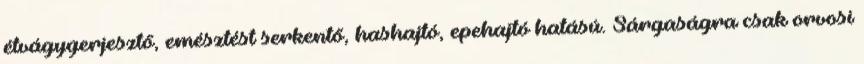
étvágygerjesztő, emésztést serkentő, hashajtó, epehajtó hatású. Sárgaságra csak orvosi